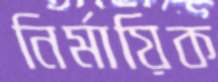
নির্মায়িক